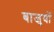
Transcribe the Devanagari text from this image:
बाजुयों